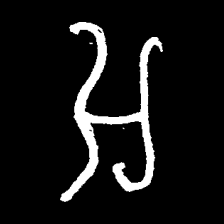
Pyu character \u2014 Myanmar letter: အ (romanized: a)